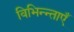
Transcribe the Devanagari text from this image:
विभिन्न्ताएँ